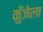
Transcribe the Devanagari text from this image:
कुँजेला